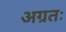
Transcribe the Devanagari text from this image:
अग्रतः